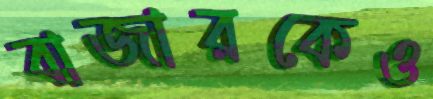
বাজারকেও